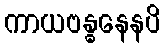
ကာယဗန္ဓနေနပိ